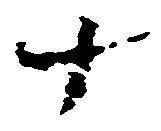
十